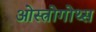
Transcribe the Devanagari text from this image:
ओस्त्रोगोथ्स